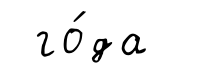
го́да